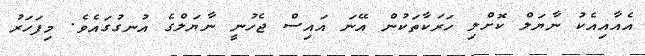
އެއާއިއެކު ނާޔަލް ކޮށްލި ހަރަކާތަކުން އޭނަ އައިސް ޖެހުނީ ނާޔަލްގެ އުނގުގައެވެ. މިފަހަރު